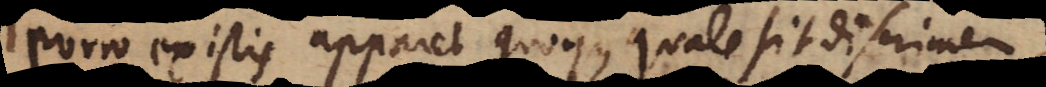
Porro ex istis apparet quoque quale sit discrimen